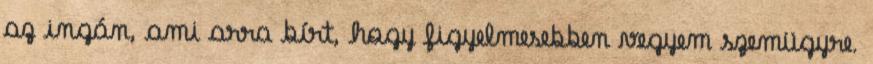
az ingán, ami arra bírt, hogy figyelmesebben vegyem szemügyre.